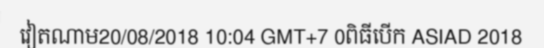
វៀតណាម20/08/2018 10:04 GMT+7 0ពិធីបើក ASIAD 2018